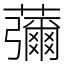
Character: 䕳